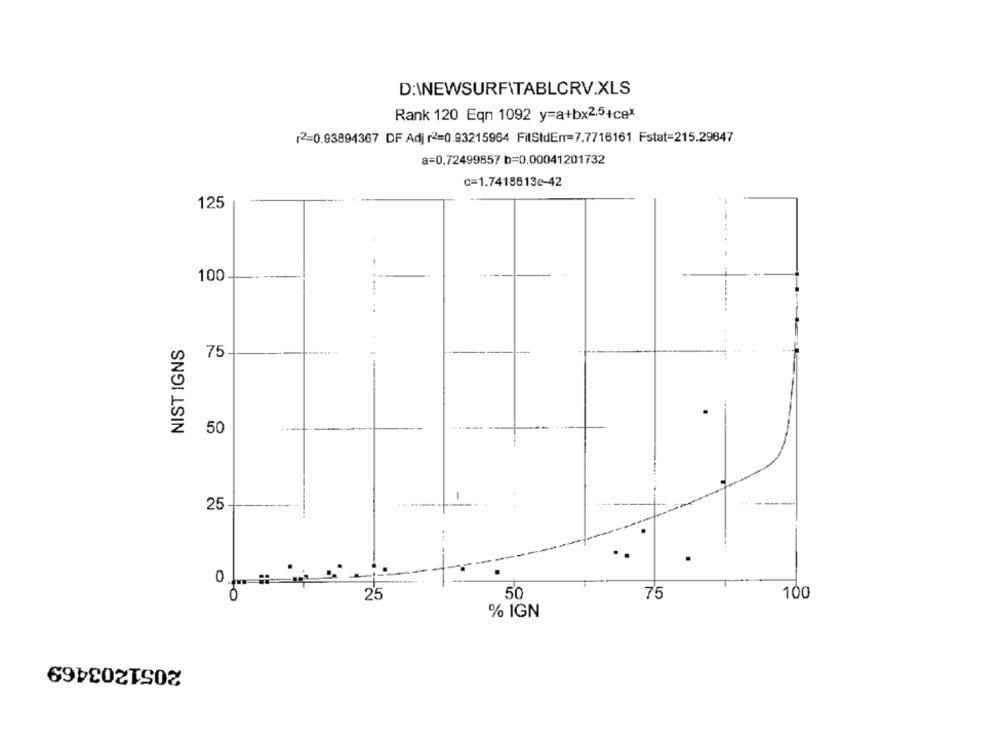
D:\NEWSURFITABLCRV.XLS
Rank 120 Eqn 1092 y=a+bx2.5+cex
2=0.93894367 DF Adj r2=0.93215964 FitStdEn=7.7716161 Fstat=215.29647
a=0.72499857 b=0.00041201732
c=1.7418613e-42
125
100
NIST IGNS
75
50
-
25
0
0
25
50
75
100
% IGN
2051203469